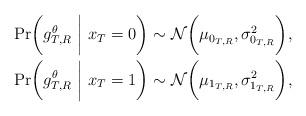
LaTeX: \begin{align*}{\Pr}\bigg(g_{T,R}^\theta ~\bigg|~ {x_T} = 0\bigg) &\sim \mathcal{N} \bigg({{\mu }_{{{0}_{T,R}}}},{\sigma}_{{0}_{T,R}}^2\bigg),\\{\Pr}\bigg(g_{T,R}^\theta ~\bigg|~ {x_T} = 1\bigg) &\sim \mathcal{N}\bigg({\mu _{{1}_{T,R}}},\sigma _{{1}_{T,R}}^2\bigg),\end{align*}